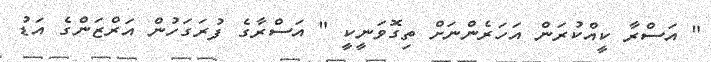
" އަސްރާ ކީއްކުރަން އަހަރެންނަށް ތިގޮވަނީކީ " އަސްރާގެ ފުރަގަހުން އަރްޒަންގެ އަޑު